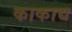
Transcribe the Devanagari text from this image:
काकाद्य